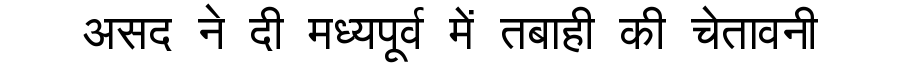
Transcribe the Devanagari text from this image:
असद ने दी मध्यपूर्व में तबाही की चेतावनी